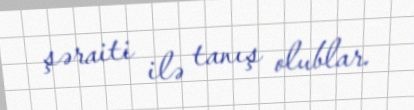
şəraiti ilə tanış olublar.